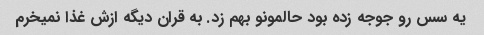
یه سس رو جوجه زده بود حالمونو بهم زد. به قران دیگه ازش غذا نمیخرم